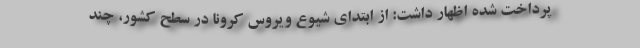
پرداخت شده اظهار داشت: از ابتدای شیوع ویروس کرونا در سطح کشور، چند